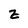
Character: z